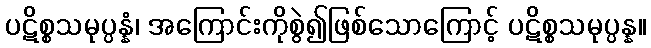
ပဋိစ္စသမုပ္ပန္နံ၊ အကြောင်းကိုစွဲ၍ဖြစ်သောကြောင့် ပဋိစ္စသမုပ္ပန္န။